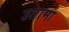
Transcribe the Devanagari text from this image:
उतामा